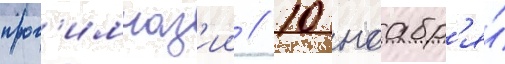
прог'имназ'ии // 10 ноабр'я́